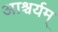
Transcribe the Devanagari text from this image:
आश्चर्यम्